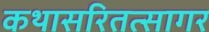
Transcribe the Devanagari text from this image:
कथासरितत्सागर